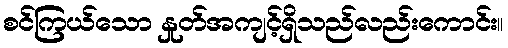
စင်ကြယ်သော နှုတ်အကျင့်ရှိသည်လည်းကောင်း။